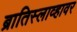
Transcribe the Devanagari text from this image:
ब्रातिस्लाव्हावर